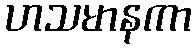
ဟသမာနကာ